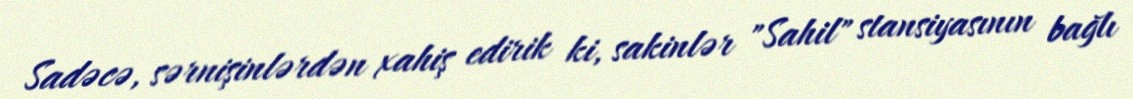
Sadəcə, sərnişinlərdən xahiş edirik ki, sakinlər "Sahil" stansiyasının bağlı